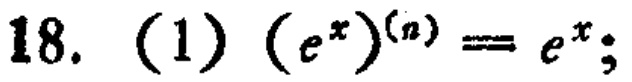
18. (1) $(e^{x})^{(n)} = e^{x};$